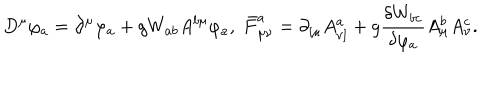
D ^ { \mu } \varphi _ { a } = \partial ^ { \mu } \varphi _ { a } + g W _ { a b } A ^ { b \mu } \varphi _ { a } , \; \bar { F } _ { \mu \nu } ^ { a } = \partial _ { \left[ \mu \right. } A _ { \left. \nu \right] } ^ { a } + g \frac { \delta W _ { b c } } { \delta \varphi _ { a } } A _ { \mu } ^ { b } A _ { \nu } ^ { c } .